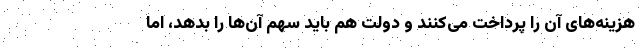
هزینه‌های آن را پرداخت می‌کنند و دولت هم باید سهم آن‌ها را بدهد، اما